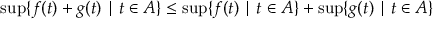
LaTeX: \operatorname* { s u p } \{ f ( t ) + g ( t ) \mid t \in A \} \leq \operatorname* { s u p } \{ f ( t ) \mid t \in A \} + \operatorname* { s u p } \{ g ( t ) \mid t \in A \}